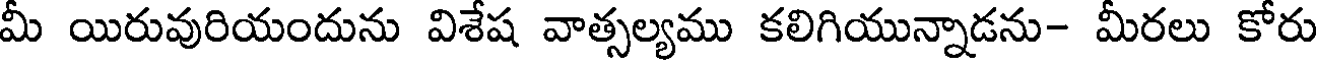
మీ యిరువురియందును విశేష వాత్సల్యము కలిగియున్నాడను- మీరలు కోరు